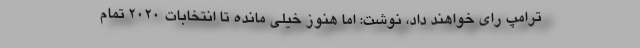
ترامپ رای خواهند داد، نوشت: اما هنوز خیلی مانده تا انتخابات ۲۰۲۰ تمام